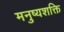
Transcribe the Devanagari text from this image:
मनुष्यशक्ति